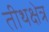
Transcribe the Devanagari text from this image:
तीथक्षेत्र